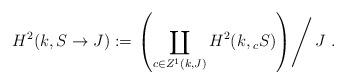
LaTeX: \begin{align*}H^2(k,S \to J) := \left.\left(\coprod_{c \in Z^1(k,J)} H^2(k,{}_cS) \right) \right/ J \ .\end{align*}